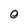
Character: 0